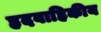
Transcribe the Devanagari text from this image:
हृदवाहिकीय